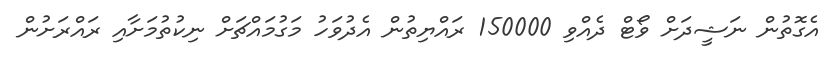
އެގޮތުން ނަޝީދަށް ވޯޓް ދެއްވި 150000 ރައްޔިތުން އެދުވަހު މަގުމައްޗަށް ނިކުތުމަށާއި ރައްރަށުން